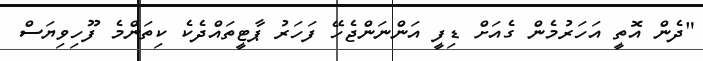
"ދެން އޮތީ އަހަރުމެން ގެއަށް ޑިފީ އަންނަންޖެހޭ ފަހަރު ޕާޓީތައްދެކެ ކިތަންމެ ފޫހިވިޔަސް